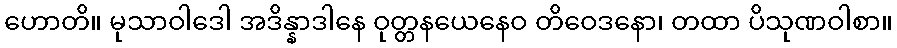
ဟောတိ။ မုသာဝါဒေါ အဒိန္နာဒါနေ ဝုတ္တနယေနေဝ တိဝေဒနော၊ တထာ ပိသုဏဝါစာ။